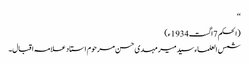
‘‘
(الحکم 7اگست1934ء)
شمس العلماء سید میر مہدی حسن مرحوم استاد علامہ اقبال۔